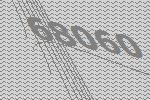
68060